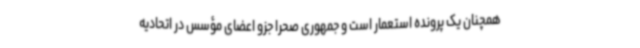
همچنان یک پرونده استعمار است و جمهوری صحرا جزو اعضای مؤسس در اتحادیه